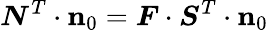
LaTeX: {\boldsymbol{N}}^{T}\cdot\mathbf{n}_{0}={\boldsymbol{F}}\cdot{\boldsymbol{S}}^{T}\cdot\mathbf{n}_{0}